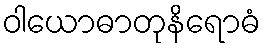
ဝါယောဓာတုနိရောဓံ